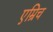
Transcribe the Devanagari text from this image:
एम्रिच